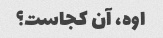
اوه، آن کجاست؟